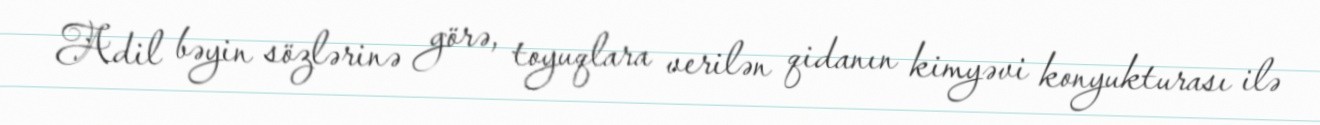
Adil bəyin sözlərinə görə, toyuqlara verilən qidanın kimyəvi konyukturası ilə